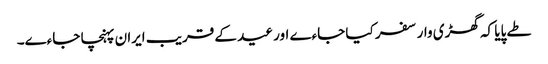
طے پایا کہ گھڑی وار سفر کیا جاءے اور عید کے قریب ایران پہنچا جاءے۔